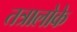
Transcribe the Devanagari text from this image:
तत्रालोके